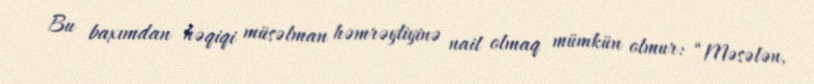
Bu baxımdan həqiqi müsəlman həmrəyliyinə nail olmaq mümkün olmur: “Məsələn,